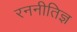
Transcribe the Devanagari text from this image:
रननीतिज्ञ